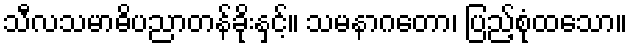
သီလသမာဓိပညာတန်ခိုးနှင့်။ သမနာဂတော၊ ပြည့်စုံထသော။